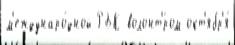
м'еждунаро́дной РБК волонт'́ром окт'ябр'я́